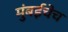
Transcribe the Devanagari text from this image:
मुंबईचेच